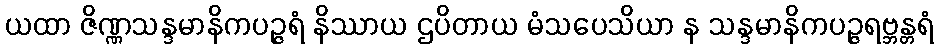
ယထာ ဇိဏ္ဏသန္ဒမာနိကပဉ္ဇရံ နိဿာယ ဌပိတာယ မံသပေသိယာ န သန္ဒမာနိကပဉ္ဇရဗ္ဘန္တရံ